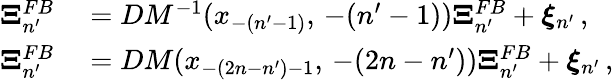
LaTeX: \begin{array}{rl}{\boldsymbol{\Xi}_{n^{\prime}}^{FB}}&{{}=DM^{-1}(x_{-(n^{\prime}-1)},\, -(n^{\prime}-1))\boldsymbol{\Xi}_{n^{\prime}}^{FB}+\boldsymbol{\xi}_{n^{\prime}}\, ,}\\ {\boldsymbol{\Xi}_{n^{\prime}}^{FB}}&{{}=DM(x_{-(2n-n^{\prime})-1},\, -(2n-n^{\prime}))\boldsymbol{\Xi}_{n^{\prime}}^{FB}+\boldsymbol{\xi}_{n^{\prime}}\, ,}\end{array}